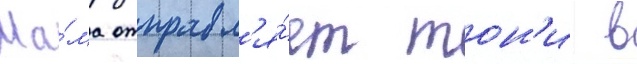
Ма́ма отправл'я́ет тон'и в